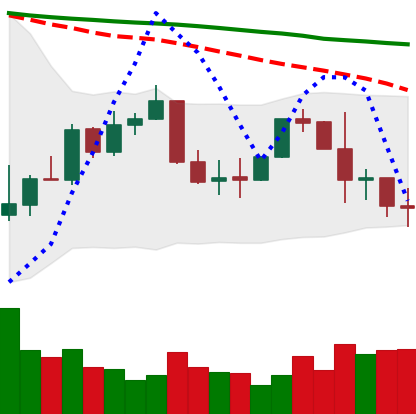
Ticker: XLM-USD
Chart end date: 2022-01-08
Forward return: 5.425%
Label: up_5_7